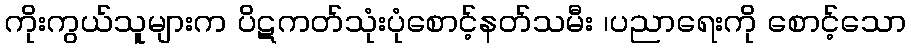
ကိုးကွယ်သူများက ပိဋကတ်သုံးပုံစောင့်နတ်သမီး ၊ပညာရေးကို စောင့်သော